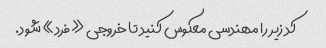
کد زیر را مهندسی معکوس کنید تا خروجی «فرد» شود.